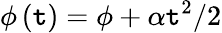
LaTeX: \phi\left(\mathtt{t}\right)=\phi+\alpha\mathtt{t}^{2}/2